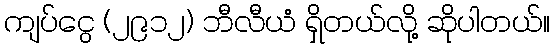
ကျပ်ငွေ (၂၉၁၂) ဘီလီယံ ရှိတယ်လို့ ဆိုပါတယ်။